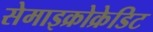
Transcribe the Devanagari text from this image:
सेमाइक्रोक्रेडिट